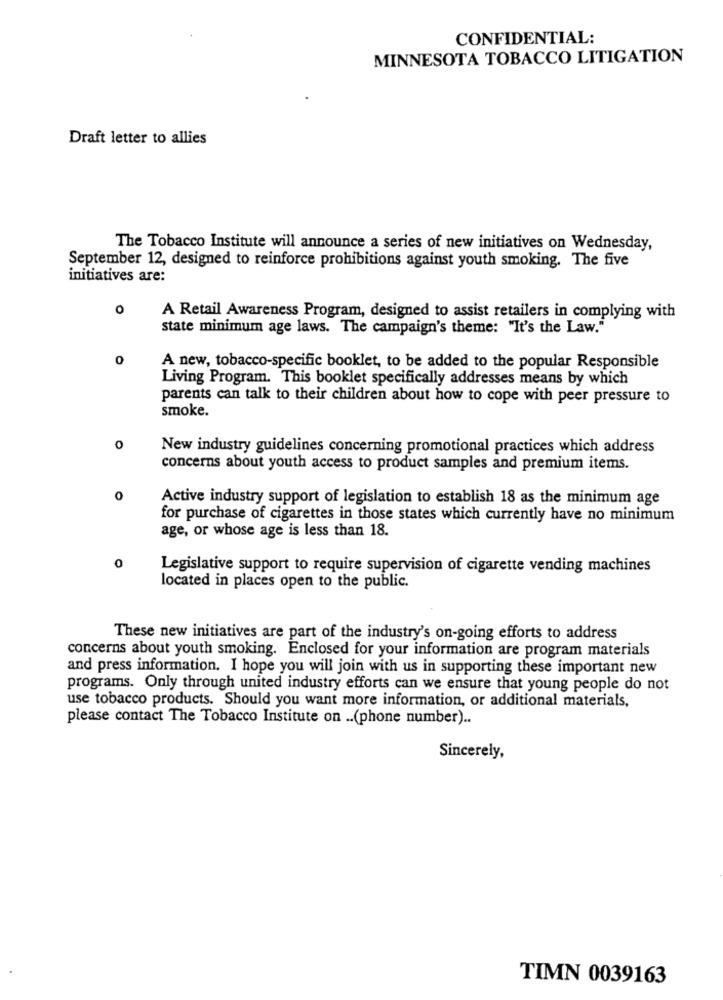
CONFIDENTIAL:
MINNESOTA TOBACCO LITIGATION
Draft letter to allies
The Tobacco Institute will announce a series of new initiatives on Wednesday,
September 12, designed to reinforce prohibitions against youth smoking. The five
initiatives are:
0
A Retail Awareness Program, designed to assist retailers in complying with
state minimum age laws. The campaign's theme: "It's the Law."
0
A new, tobacco-specific booklet, to be added to the popular Responsible
Living Program. This booklet specifically addresses means by which
parents can talk to their children about how to cope with peer pressure to
smoke.
0
New industry guidelines concerning promotional practices which address
concerns about youth access to product samples and premium items.
0
Active industry support of legislation to establish 18 as the minimum age
for purchase of cigarettes in those states which currently have no minimum
age, or whose age is less than 18.
0
Legislative support to require supervision of cigarette vending machines
located in places open to the public.
These new initiatives are part of the industry's on-going efforts to address
concerns about youth smoking. Enclosed for your information are program materials
and press information. I hope you will join with us in supporting these important new
programs. Only through united industry efforts can we ensure that young people do not
use tobacco products. Should you want more information, or additional materials,
please contact The Tobacco Institute on .. (phone number) ..
Sincerely,
TIMN 0039163